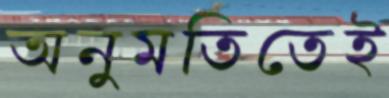
অনুমতিতেই